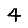
Digit: 4